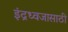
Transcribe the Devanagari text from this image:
इंद्रध्वजासाठी